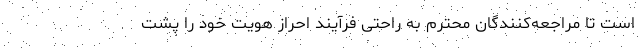
است تا مراجعه­کنندگان محترم به راحتی فرآیند احراز هویت خود را پشت